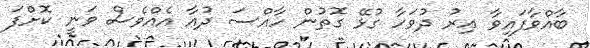
ބާއްވާފައިވާ އިރު ދުވަހާ ގުޅޭ ގޮތުން ހާއްސަ ދުއާ އެއްވެސް ވަނީ ކޮށްފަ